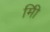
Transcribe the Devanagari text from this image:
मिी